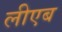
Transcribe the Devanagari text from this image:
लीएब